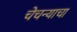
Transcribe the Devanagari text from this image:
चेचन्याचा